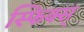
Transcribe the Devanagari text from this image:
स्फिक्स्